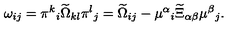
\omega _ { i j } = \pi ^ { k } { } _ { i } \widetilde \Omega _ { k l } \pi ^ { l } { } _ { j } = \widetilde \Omega _ { i j } - \mu ^ { \alpha } { } _ { i } \widetilde \Xi _ { \alpha \beta } \mu ^ { \beta } { } _ { j } .